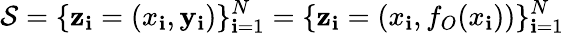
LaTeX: {\cal{S}}=\{ \mathbf{z}_{\mathbf{i}}=(x_{\mathbf{i}},\mathbf{y}_{\mathbf{i}})\} _{\mathbf{i}=1}^{N}=\{ \mathbf{z}_{\mathbf{i}}=\left(x_{\mathbf{i}},f_{O}(x_{\mathbf{i}})\right)\} _{\mathbf{i}=1}^{N}